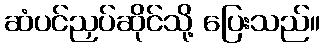
ဆံပင်ညှပ်ဆိုင်သို့ ပြေးသည်။